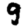
Digit: 9